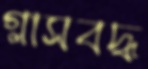
গ্লাসবদ্ধ